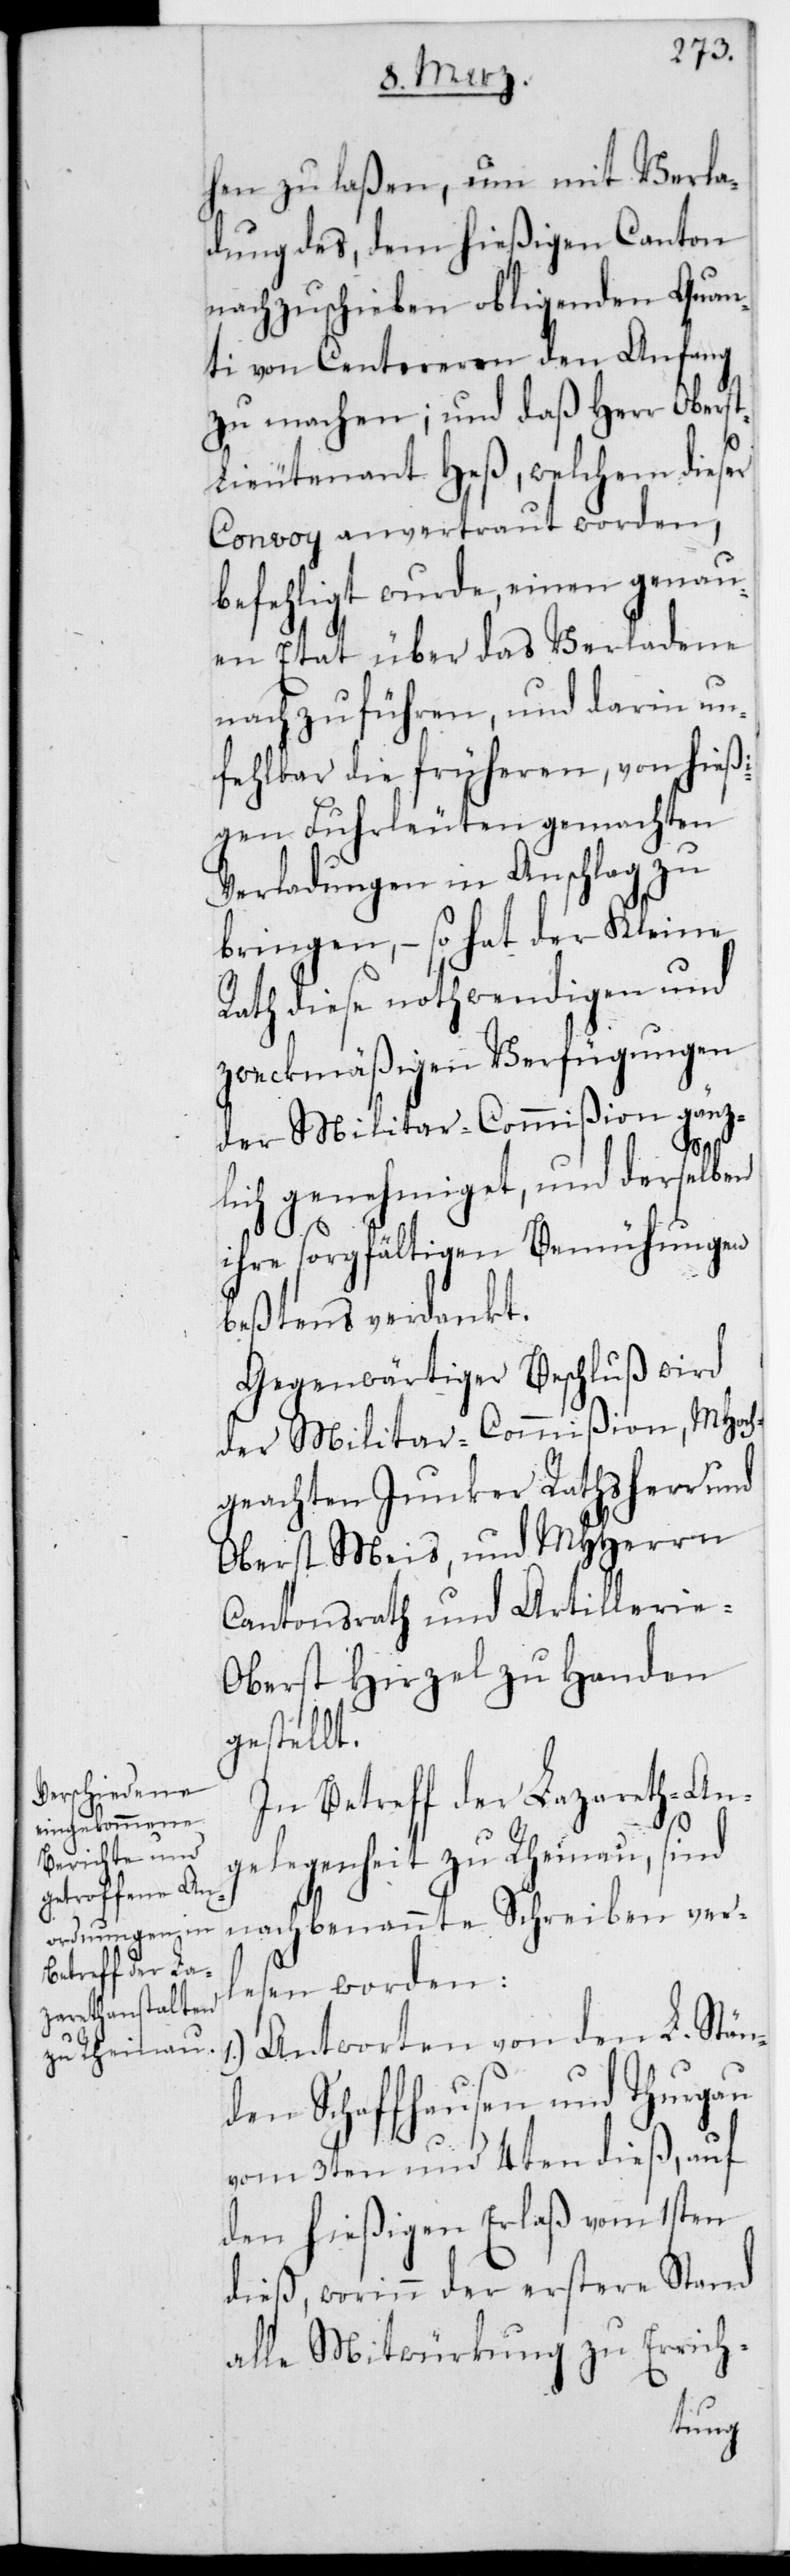
hen zu laßen, um mit Verla¬
dung des dem hießigen Canton
nachzuschieben obligenden Quan¬
ti von Centneren den Anfang
zu machen; und daß Herr Oberst¬
lieutenant Heß, welchem dieser
Convoy anvertraut worden,
befehligt wurde, einen genau¬
en Etat über das Verladene
nachzuführen, und darin un¬
fehlbar die früheren, von hießi¬
gen Fuhrleuten gemachten
Verladungen in Anschlag zu
bringen, – so hat der Kleine
Rath diese nothwendigen und
zweckmäßigen Verfügungen
der Militar-Commißion gänz¬
lich genehmiget und derselben
ihre sorgfältigen Bemühungen
bestens verdankt.
Gegenwärtiger Beschluß wird
der Militar-Commißion, MHoc¬
hgeachten Junker Rathsherr und
Oberst Meis, und MHHerrn
Cantonsrath und Artillerie-O¬
berst Hirzel zu Handen
gestellt.
In Betreff der Lazareth-An¬
gelegenheit zu Rheinau, sind
nachbenannte Schreiben ver¬
lesen worden:
Antworten von den L. Stän¬
den Schaffhausen und Thurgau
vom 3ten und 4ten dieß, auf
den hießigen Erlaß vom 1sten
dieß, worinn der erstere Stand
alle Mitwürkung zu Errich-